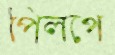
পিলপে